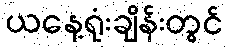
ယနေ့ရုံးချိန်းတွင်